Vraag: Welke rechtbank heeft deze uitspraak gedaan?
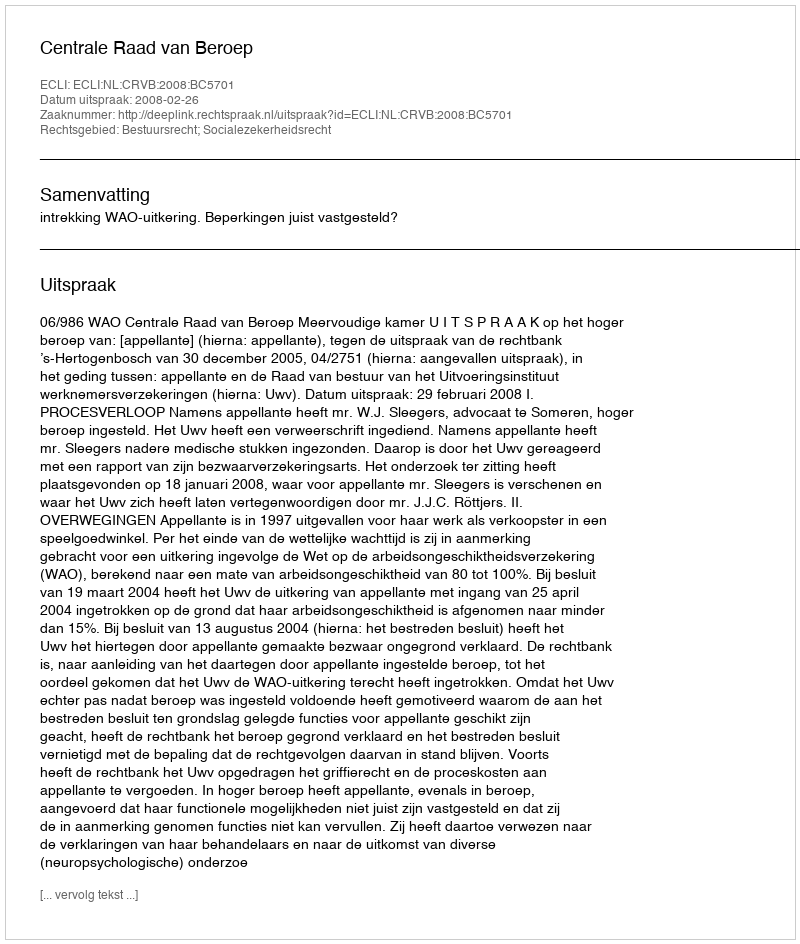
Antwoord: Centrale Raad van Beroep